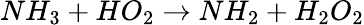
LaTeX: NH_{3}+HO_{2}\rightarrow NH_{2}+H_{2}O_{2}